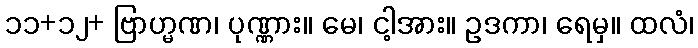
၁၁+၁၂+ ဗြာဟ္မဏ၊ ပုဏ္ဏား။ မေ၊ ငါ့အား။ ဥဒကာ၊ ရေမှ။ ထလံ၊